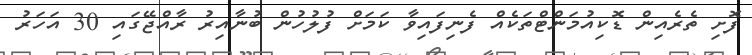
ފޮށި ތެރެއިން ޑޮކިއުމަންޓްތަކެއް ފެނިފައިވާ ކަމަށް ފުލުހުން ބުނާއިރު ރާއްޖޭގައި 30 އަހަރު